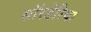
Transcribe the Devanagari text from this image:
सॉरडेरिया